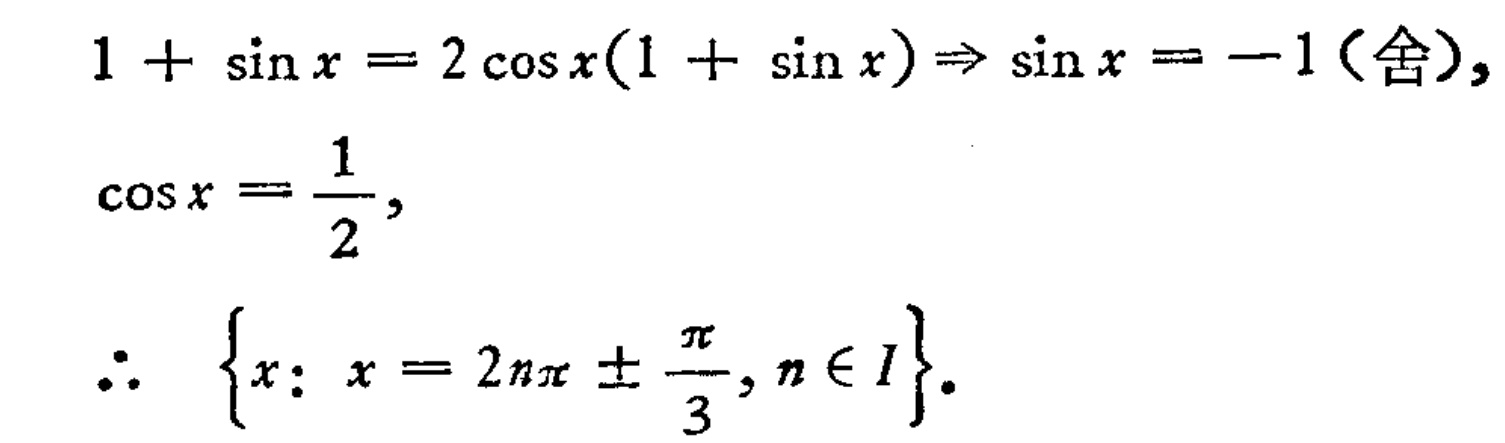
\[
\begin{align*}
1 + \sin x &= 2\cos x(1 + \sin x)\Rightarrow \sin x = -1(\text{舍}),\\
\cos x &= \frac{1}{2},\\
\therefore\quad &\left\{x: x = 2n\pi\pm\frac{\pi}{3}, n\in I\right\}.
\end{align*}
\]